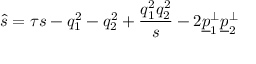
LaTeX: \hat { s } = \tau s - q _ { 1 } ^ { 2 } - q _ { 2 } ^ { 2 } + \frac { q _ { 1 } ^ { 2 } q _ { 2 } ^ { 2 } } { s } - 2 \underline { { { p } } } _ { 1 } ^ { \perp } \underline { { { p } } } _ { 2 } ^ { \perp }